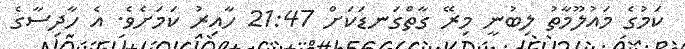
ކަމުގެ މައުލޫމާތު ލިބުނީ މިރޭ ގާތްގަނޑަކަށް 21:47 ހާއިރު ކަމަށެވެ. އެ ހާދިސާގެ